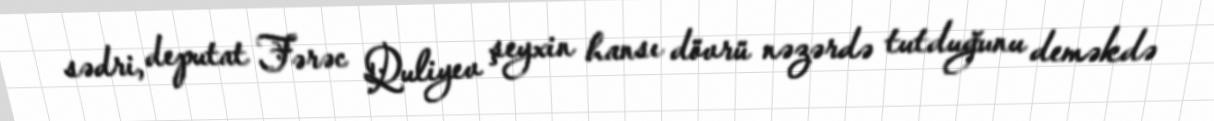
sədri, deputat Fərəc Quliyev şeyxin hansı dövrü nəzərdə tutduğunu deməkdə